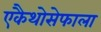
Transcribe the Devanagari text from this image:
एकैथोसेफाला